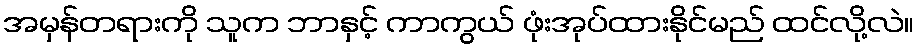
အမှန်တရားကို သူက ဘာနှင့် ကာကွယ် ဖုံးအုပ်ထားနိုင်မည် ထင်လို့လဲ။